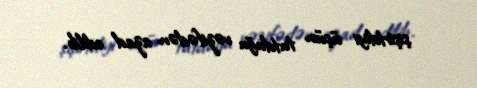
şişirtdiyi üçün tutduğu vəzifədən azad edilib.